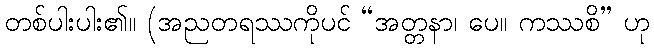
တစ်ပါးပါး၏။ (အညတရဿကိုပင် “အတ္တနာ၊ ပေ။ ကဿစိ” ဟု